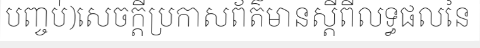
បញ្ចប់)សេចក្តីប្រកាសព័ត៌មានស្តីពីលទ្ធផលនៃ